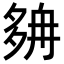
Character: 𡖭